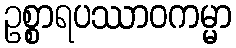
ဥစ္စာရပဿာဝကမ္မာ